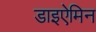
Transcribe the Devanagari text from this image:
डाइऐमिन